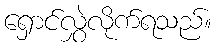
ရှောင်လွှဲလိုက်ရသည်။